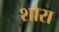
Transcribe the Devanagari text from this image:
शौरा